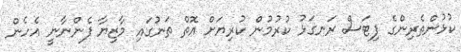
ކުޅުންތެރިންގެ ފިޓަސް ރަނގަޅު ކުރުމުން ކުރިޔަށް އޮތް ތަނުގައި މާޒިޔާ ފެންނާނީ އެހެން